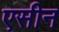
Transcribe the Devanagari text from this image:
एसीन